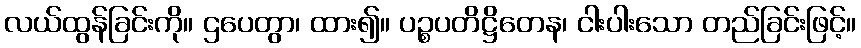
လယ်ထွန်ခြင်းကို။ ဌပေတွာ၊ ထား၍။ ပဉ္စပတိဋ္ဌိတေန၊ ငါးပါးသော တည်ခြင်းဖြင့်။